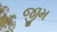
જીમ